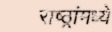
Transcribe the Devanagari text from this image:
राष्ठ्रांमध्ये